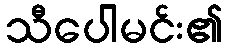
သီပေါမင်း၏